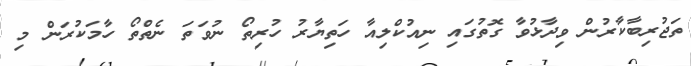
ތަޖުރިބާކާރުން ވިދާޅުވާ ގޮތުގައި ނިއުކްލިއާ ހަތިޔާރު ހުރިތޯ ނުވަތަ ނެތްތޯ ހާމަކުރަން މި